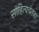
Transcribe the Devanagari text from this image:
साहित्यचेतना